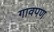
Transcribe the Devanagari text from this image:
गावपण